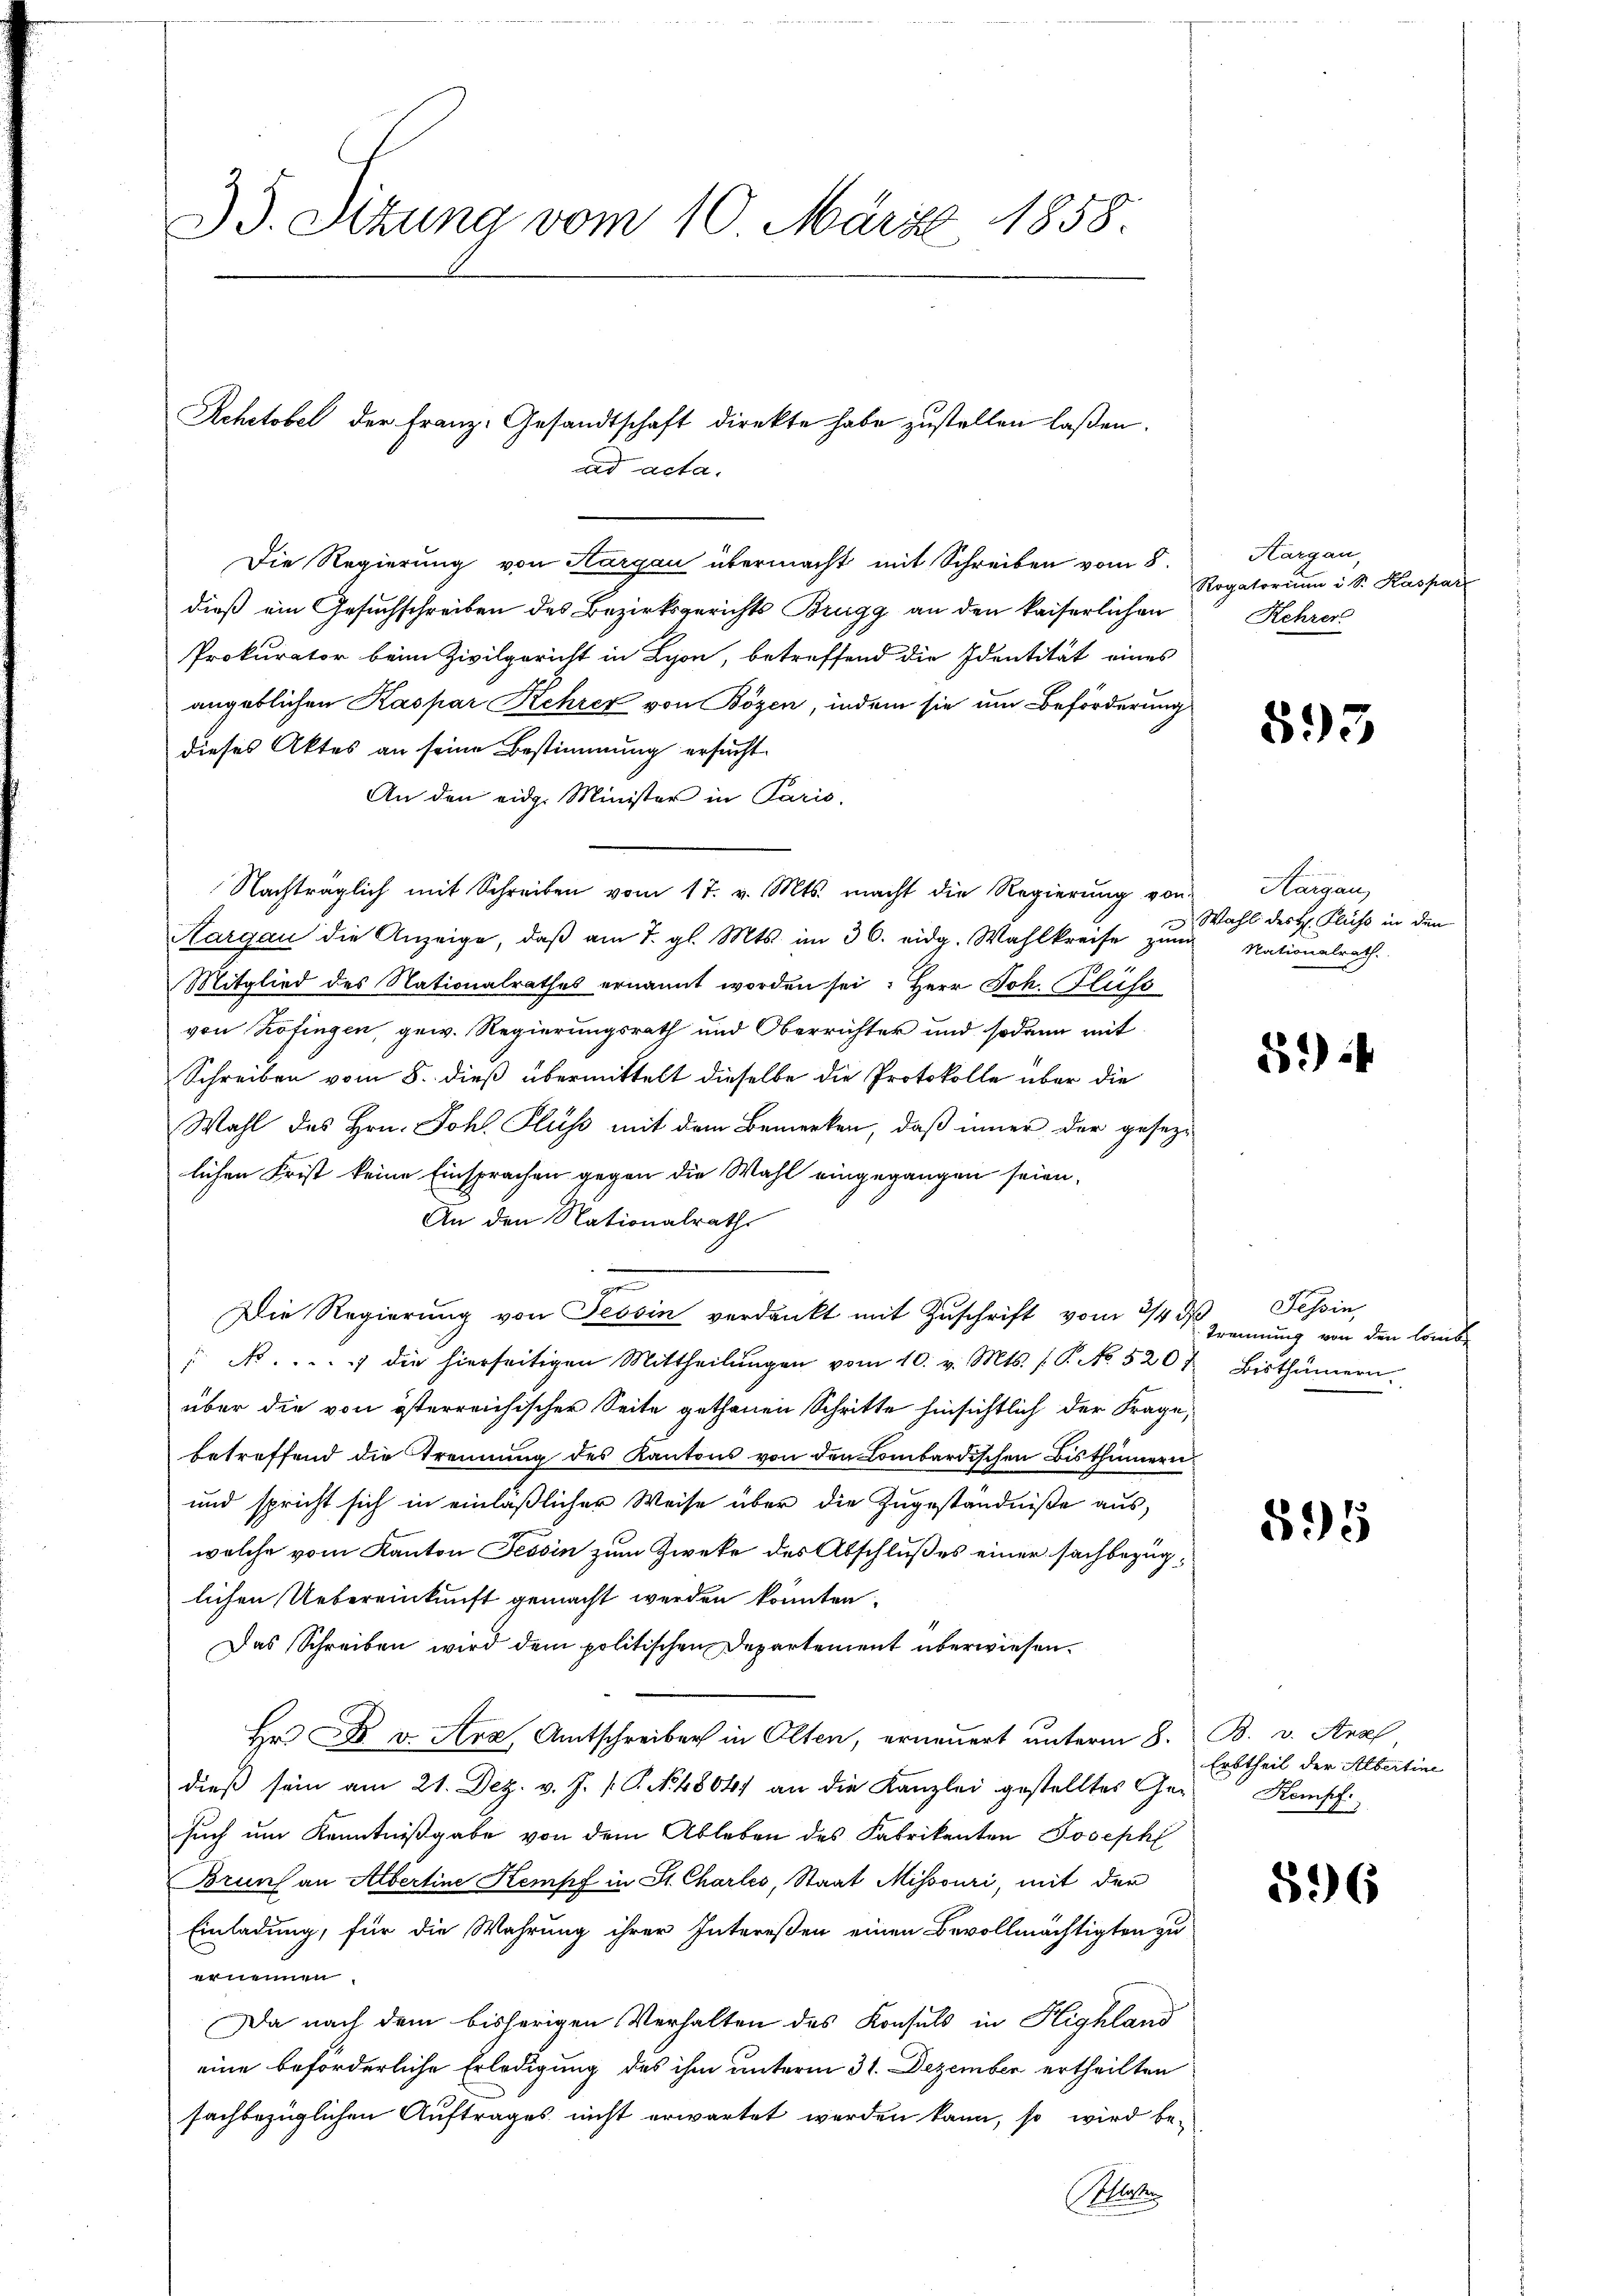
35. Sizung vom 10. März 1858.

Die Regierung von Hargau übermacht mit Schreiben vom 8.
dieß ein Gesuchschreiben des Bezirksgerichts Brugg an den kaiserlichen
Prokurator beim Zivilgericht in Lyon, betreffend die Identität eines
angeblichen Kaspar Kehrer von Bözen, indem sie um Beförderung
dieses Aktes an seine Bestimmung ersucht.
An den eidg. Minister in Paris,
Nachträglich mit Schreiben vom 17. v. Mts. macht die Regierung von
Hargau die Anzeige, daβ am 7. gl. Mts. im 36. eidg. Wahlkreise zŭm
Mitglied des Nationalrathes ernannt worden sei: Herr Joh. Flüss
von Zofingen, gew. Regierungsrath und Oberrichter und sodann mit
Schreiben vom 8. dieß übermittelt dieselbe die Protokolle über die
Wahl des Hrn. Joh. Fluss mit dem Bemerken, daß inner der gesezlichen Frist keine Einsprachen gegen die Wahl eingegangen seien,
An den Nationalrath
Die Regierung von Tessin verdankt mit Zuschrift vom 2/4 d
" Nr. . . . . die hierseitigen Mittheilŭngen vom 10. v. Mts. (T. No. 520 f Bisthümern.
über die von österreichischer Seite gethanen Schritte hinsichtlich der Frage,
betreffend die Trennung des Kantons von den Combardischen Bisthümern
und spricht sich in einläßlicher Weise über die Zugeständniße aus,
welche vom Kanton Tessin zum Zweke des Abschlußes einer sachbezüglichen Uebereinkunft gemacht werden konnten.
Das Schreiben wird dem politischen Departement überwiesen.
Hr. C. v. Arz. Amtschreiber in Olten, erneuert unterm 8. B. v. Anz
dieß sein am 21. Dez. v. J. P. N. 4804) an die Kanzlei gestelltes Gesuch um Kenntnißgabe von dem Ableben des Fabrikanten Joseph
Bruns an Albertine Kempf in St. Chartes, Staat Missouri, mit der
Einladung, für die Wahrung ihrer Intereßen einen Bevollmächtigten zu
ernennen.
Da nach dem bisherigen Verhalten des Konsuls in Highland
eine beförderliche Erledigung des ihm unterm 31. Dezember ertheilten
sachbezüglichen Auftrages nicht erwartet werden kann, so wird be-
la

Rehetobel der Franz- Gesandtschaft direkte habe zustellen laßen.
ad acta.

Hargau,
Rogatorium i S. Kaspar
Kehrer

893

Aargau,
Wahl des H. Fluss in den
Nationalrath

89) f

Tessin,
Trennung von den Combi

895

Erbtheil der Albertine
Kempf

596